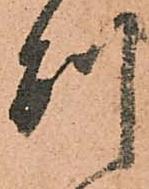
別